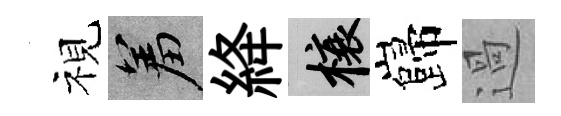
視羞絳榱巋過